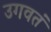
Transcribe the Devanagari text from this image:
उगवतं